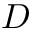
\boldsymbol { D }